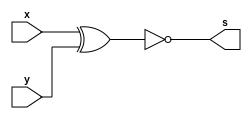
// ------------------------- 
// Exemplo0023 - FULL COMPARATOR (EQUALITY)
// Nome: Joo Henrique Mendes de Oliveira
// ------------------------- 

// ------------------------- 
// half comparator 
// ------------------------- 
module halfComp (output s, input x, input y);
	wire equals;
	
	xnor EQUALS (equals, x, y);
	
	assign s = equals;
endmodule // halfComp

// ------------------------- 
// Full Comparator (Equality) 3bits
// ------------------------- 
module fc4 (output s, input [2:0]a, input [2:0]b);
	wire s0, s1, s2, s3, saida; 
	
	halfComp HC0 (s0, a[0], b[0]);
	
	halfComp HC1 (s1, a[1], b[1]);
	
	halfComp HC2 (s2, a[2], b[2]);
		
	and Verificador (saida, s0, s1, s2);
	
	assign s = saida;
endmodule //exercicio

module test_equality; 
// ------------------------- definir dados 
	reg [2:0] x; 
	reg [2:0] y;
	wire equals; 
	fc4 SUB (equals, x, y);

// ------------------------- parte principal 
	initial begin 
		$display("Exemplo0023 - Joo Henrique Mendes de Oliveira - 392734"); 
		$display("Test ALU's full comparator (equality) "); 
		
		// projetar testes do somador completo
		#1 x = 3'b101; y = 3'b011;
		$monitor("%3b == %3b ? %1b", x, y, equals);

		#2 x = 3'b000; y = 3'b000;
		#3 x = 3'b111; y = 3'b000;
		#4 x = 3'b111; y = 3'b111;	
	end 
endmodule // test_equality